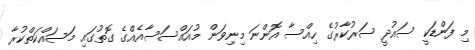
މި ފަންޑަކީ ސައުދީ ސަރުކާރުގެ ހިއްސާ އޮންނަ މިނިވަން މުއައްސަސާއެއްގެ ގޮތުގައި މަސައްކަތްކުރާ